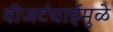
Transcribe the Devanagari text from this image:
वीजटंचाईमुळे